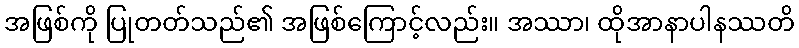
အဖြစ်ကို ပြုတတ်သည်၏ အဖြစ်ကြောင့်လည်း။ အဿာ၊ ထိုအာနာပါနဿတိ